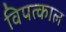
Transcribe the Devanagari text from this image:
विपत्काल